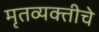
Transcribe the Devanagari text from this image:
मृतव्यक्तीचे